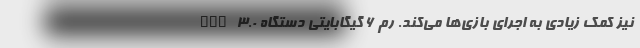
GPU 3.0 نیز کمک زیادی به اجرای بازی‌ها می‌کند. رم 6 گیگابایتی دستگاه